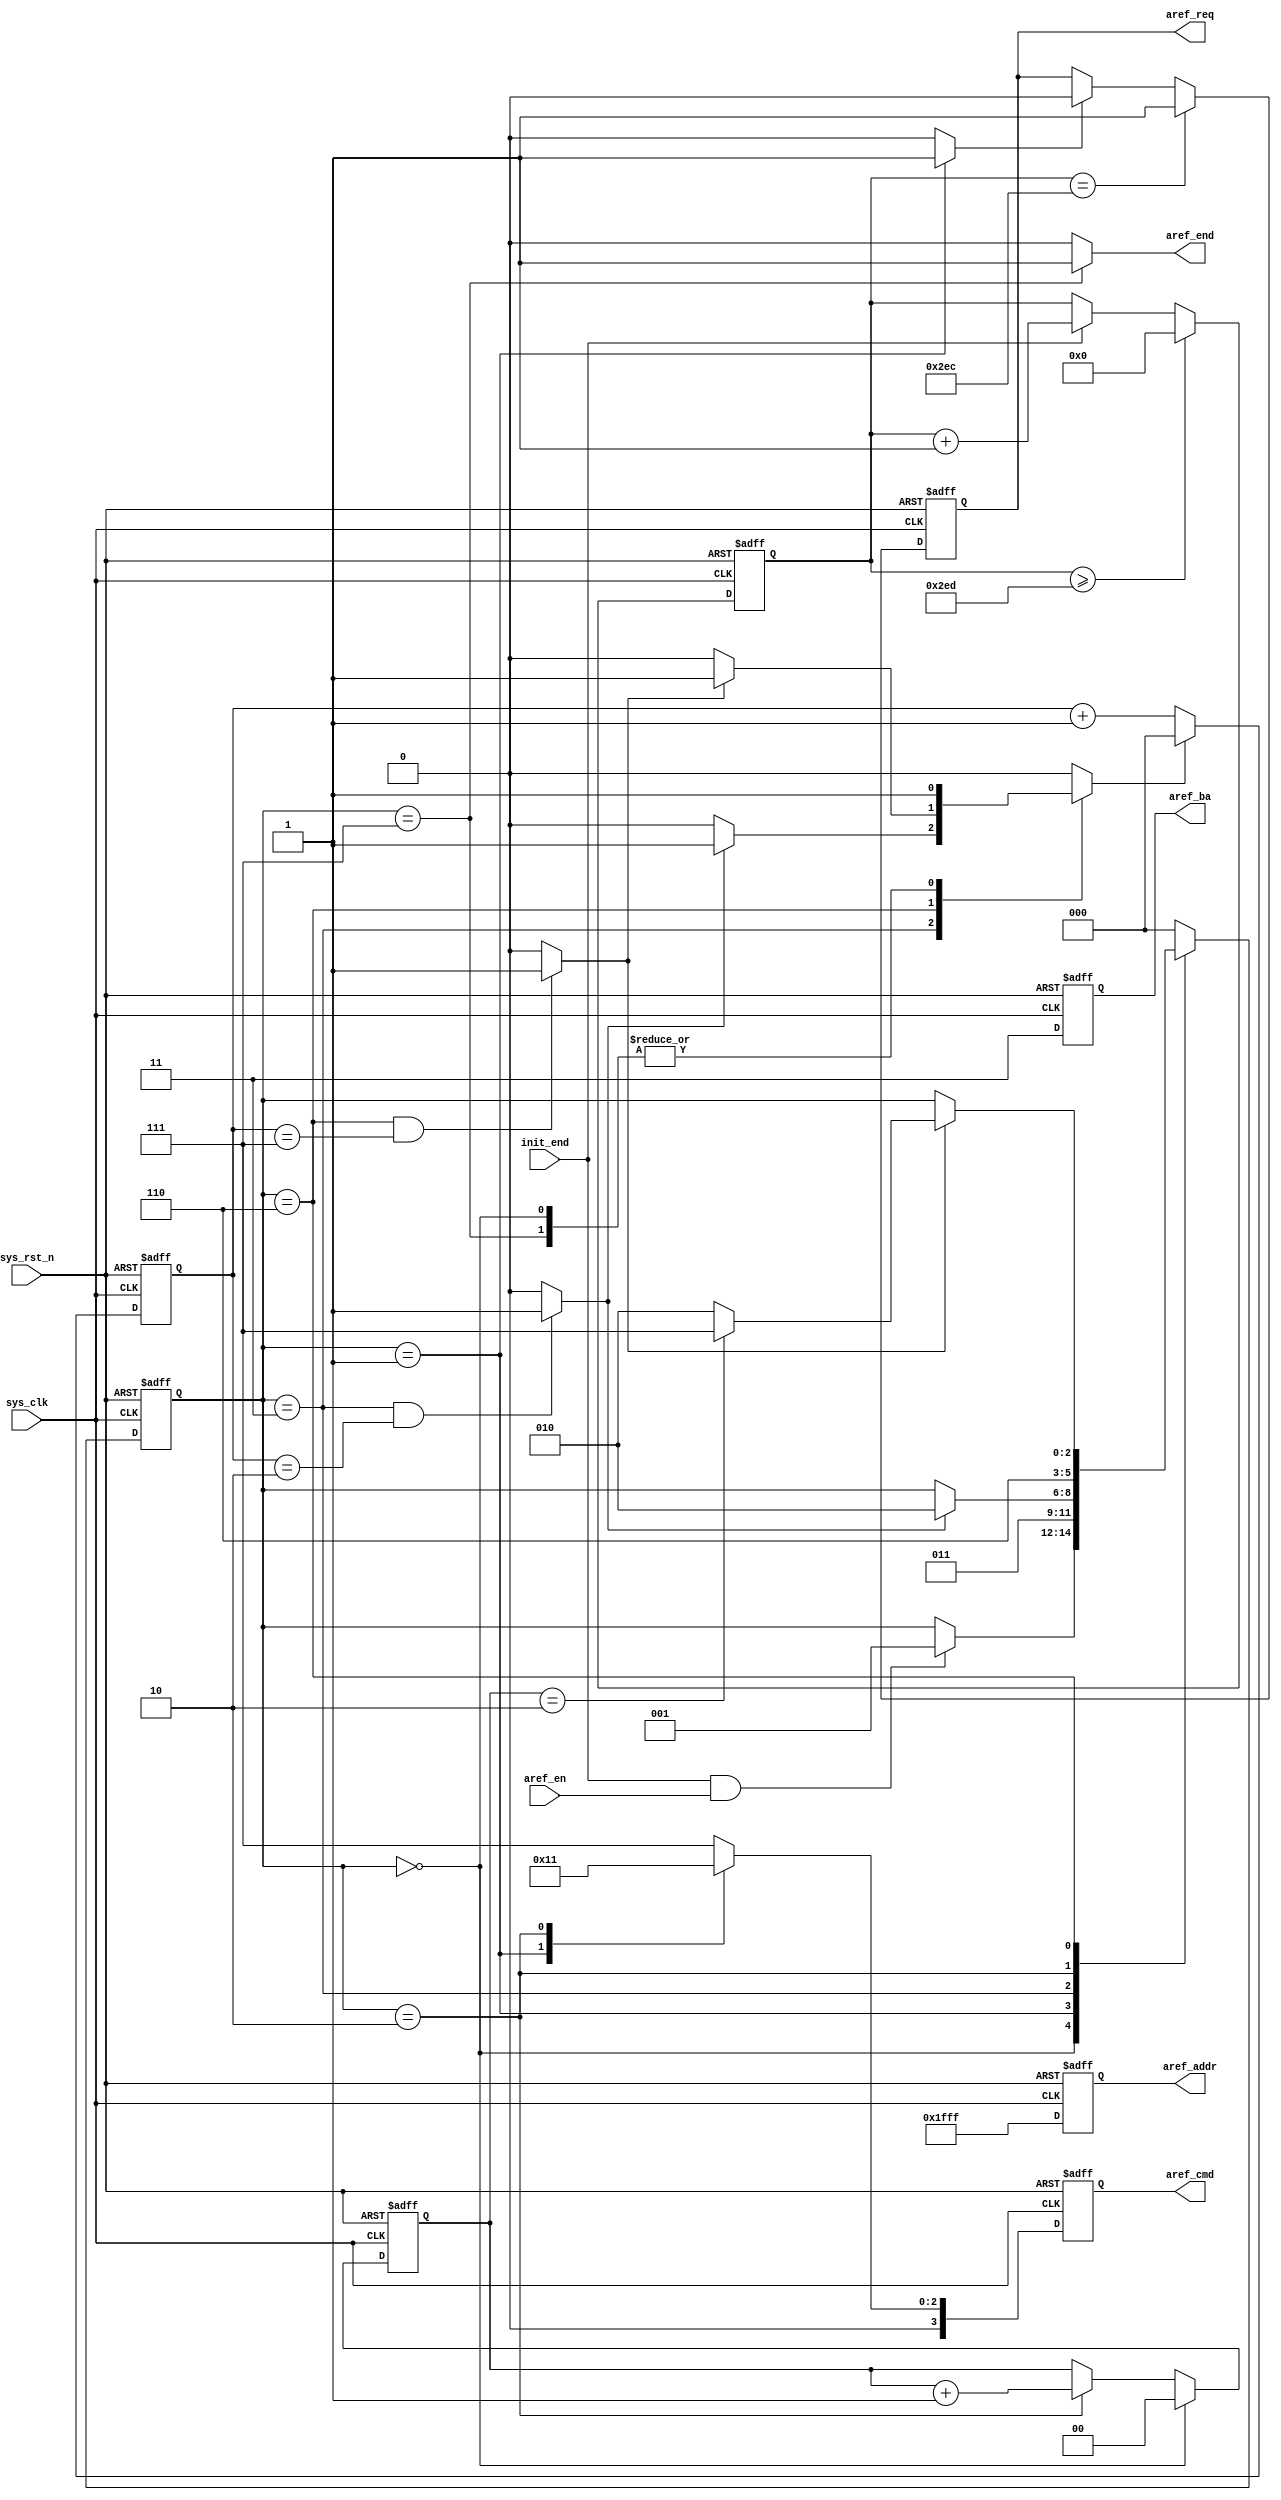
module  sdram_aref
(
    input   wire            sys_clk     ,
    input   wire            sys_rst_n   ,
    input   wire            init_end    ,
    input   wire            aref_en     ,

    output  reg     [3:0]   aref_cmd    ,
    output  reg     [1:0]   aref_ba     ,
    output  reg     [12:0]  aref_addr   ,
    output  wire            aref_end    ,
    output  reg             aref_req
);

parameter   CNT_REF_MAX     =   10'd749;

parameter   AREF_IDLE   =   3'b000,
            AREF_PCH    =   3'b001,
            AREF_TRP    =   3'b011,
            AUTO_REF    =   3'b010,
            AREF_TRF    =   3'b110,
            AREF_END    =   3'b111;
parameter   TRP     =   3'd2,
            TRF     =   3'd7;
parameter   NOP         =   4'b0111,
            P_CHARGE    =   4'b0010,
            A_REF       =   4'b0001;

wire            aref_ack    ;
wire            trp_end     ;
wire            trf_end     ;

reg     [9:0]   cnt_ref     ;
reg     [2:0]   aref_state  ;
reg     [2:0]   cnt_clk     ;
reg             cnt_clk_rst ;
reg     [1:0]   cnt_aref    ;

always@(posedge sys_clk or negedge sys_rst_n)
    if(sys_rst_n == 1'b0)
        cnt_ref <=  10'd0;
    else    if(cnt_ref >= CNT_REF_MAX)
        cnt_ref <=  10'd0;
    else    if(init_end == 1'b1)
        cnt_ref <=  cnt_ref + 1'b1;

always@(posedge sys_clk or negedge sys_rst_n)
    if(sys_rst_n == 1'b0)
        aref_req    <=  1'b0;
    else    if(cnt_ref == (CNT_REF_MAX - 1'b1))
        aref_req    <=  1'b1;
    else    if(aref_ack == 1'b1)
        aref_req    <=  1'b0;

assign  aref_ack  =  (aref_state == AREF_PCH) ? 1'b1 : 1'b0;

always@(posedge sys_clk or negedge sys_rst_n)
    if(sys_rst_n == 1'b0)
        aref_state  <=  AREF_IDLE;
    else
        case(aref_state)
            AREF_IDLE:
                if((init_end == 1'b1) && (aref_en == 1'b1))
                    aref_state  <=  AREF_PCH;
                else
                    aref_state  <=  aref_state;
            AREF_PCH:
                aref_state  <=  AREF_TRP;
            AREF_TRP:
                if(trp_end == 1'b1)
                    aref_state  <=  AUTO_REF;
                else
                    aref_state  <=  aref_state;
            AUTO_REF:
                aref_state  <=  AREF_TRF;
            AREF_TRF:
                if(trf_end == 1'b1)
                    if(cnt_aref == 2'd2)
                        aref_state  <=  AREF_END;
                    else
                        aref_state  <=  AUTO_REF;
                else
                    aref_state  <=  aref_state;
            AREF_END:
                aref_state  <=  AREF_IDLE;
            default:aref_state  <=  AREF_IDLE;
        endcase

always@(posedge sys_clk or negedge sys_rst_n)
    if(sys_rst_n == 1'b0)
        cnt_clk <=  3'd0;
    else    if(cnt_clk_rst == 1'b1)
        cnt_clk <=  3'd0;
    else
        cnt_clk <=  cnt_clk + 1'b1;

always@(*)
    begin
        case(aref_state)
            AREF_IDLE:  cnt_clk_rst <=  1'b1;
            AREF_TRP:   cnt_clk_rst <=  (trp_end == 1'b1) ? 1'b1 : 1'b0;
            AREF_TRF:   cnt_clk_rst <=  (trf_end == 1'b1) ? 1'b1 : 1'b0;
            AREF_END:   cnt_clk_rst <=  1'b1;
            default:cnt_clk_rst <=  1'b0;
        endcase
    end

assign  trp_end = ((aref_state == AREF_TRP) && (cnt_clk == TRP)) ? 1'b1 : 1'b0;
assign  trf_end = ((aref_state == AREF_TRF) && (cnt_clk == TRF)) ? 1'b1 : 1'b0;

always@(posedge sys_clk or negedge sys_rst_n)
    if(sys_rst_n == 1'b0)
        cnt_aref    <=  2'd0;
    else    if(aref_state == AREF_IDLE)
        cnt_aref    <=  2'd0;
    else    if(aref_state == AUTO_REF)
        cnt_aref    <=  cnt_aref + 1'b1;
    else
        cnt_aref    <=  cnt_aref;

always@(posedge sys_clk or negedge sys_rst_n)
    if(sys_rst_n == 1'b0)
        begin
            aref_cmd    <=  NOP;
            aref_ba     <=  2'b11;
            aref_addr   <=  13'h1fff;
        end
    else
    case(aref_state)
        AREF_IDLE,AREF_TRP,AREF_TRF:
            begin
                aref_cmd    <=  NOP;
                aref_ba     <=  2'b11;
                aref_addr   <=  13'h1fff;
            end
        AREF_PCH:
            begin
                aref_cmd    <=  P_CHARGE;
                aref_ba     <=  2'b11;
                aref_addr   <=  13'h1fff;
            end
        AUTO_REF:
            begin
                aref_cmd    <=  A_REF;
                aref_ba     <=  2'b11;
                aref_addr   <=  13'h1fff;
            end
        AREF_END:
            begin
                aref_cmd    <=  NOP;
                aref_ba     <=  2'b11;
                aref_addr   <=  13'h1fff;
            end
        default:
            begin
                aref_cmd    <=  NOP;
                aref_ba     <=  2'b11;
                aref_addr   <=  13'h1fff;
            end
    endcase

assign  aref_end  = (aref_state == AREF_END) ? 1'b1 : 1'b0;

endmodule